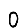
Digit: 0